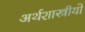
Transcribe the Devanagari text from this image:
अर्थशास्त्रीयो